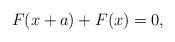
LaTeX: \begin{align*}F(x+a)+F(x)=0,\end{align*}